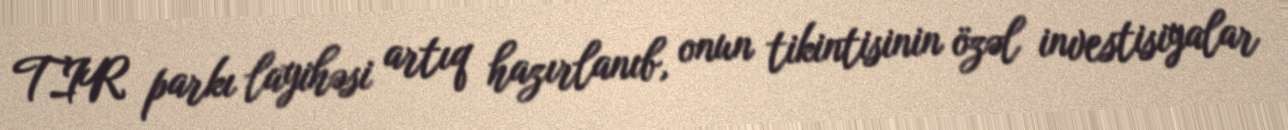
TIR parkı layihəsi artıq hazırlanıb, onun tikintisinin özəl investisiyalar